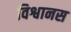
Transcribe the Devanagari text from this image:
विश्वानस